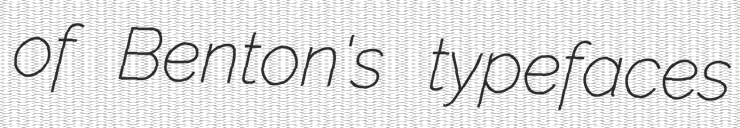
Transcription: of Benton's typefaces